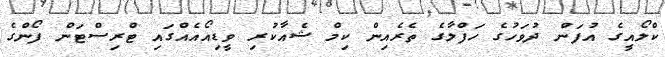
ކްލޯއީގެ އުފަން ދުވަހުގެ ހަފްލާގެ ތެރެއިން ކިމް ޝެއާކުރި ވީޑިއޯއެއްގައި ޓްރިސްޓަން ފޯންގެ